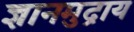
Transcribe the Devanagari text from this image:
ज्ञानमुद्राय